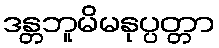
ဒန္တဘူမိမနုပ္ပတ္တာ